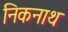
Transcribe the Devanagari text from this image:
निकनाथ